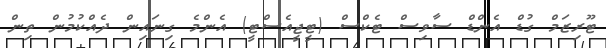
ޓޫރިޒަމް ގުޑް އެންޑް ސާވިސް ޓެކްސް (ޓީޖީއެސްޓީ) އެންމެ ގިނައިން ދެއްކުމުން ތިން